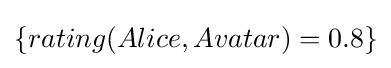
\{rating(Alice,Avatar)=0.8\}